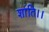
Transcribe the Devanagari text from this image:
शांति।।